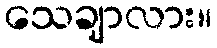
သေချာလား။